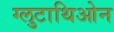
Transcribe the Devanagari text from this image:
ग्लुटाथिओन